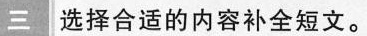
三 选择合适的内容补全短文。